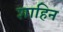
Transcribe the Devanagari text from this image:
शाहिन